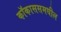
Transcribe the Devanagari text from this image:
कॉकाससमधील